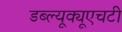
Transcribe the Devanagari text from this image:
डब्ल्यूक्यूएचटी